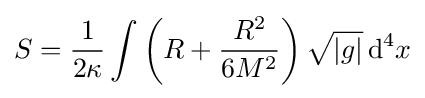
S={\frac {1}{2\kappa }}\int \left(R+{\frac {R^{2}}{6M^{2}}}\right){\sqrt {\vert g\vert }}\,\mathrm {d} ^{4}x